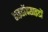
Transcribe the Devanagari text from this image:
हाइडॉक्साइडों